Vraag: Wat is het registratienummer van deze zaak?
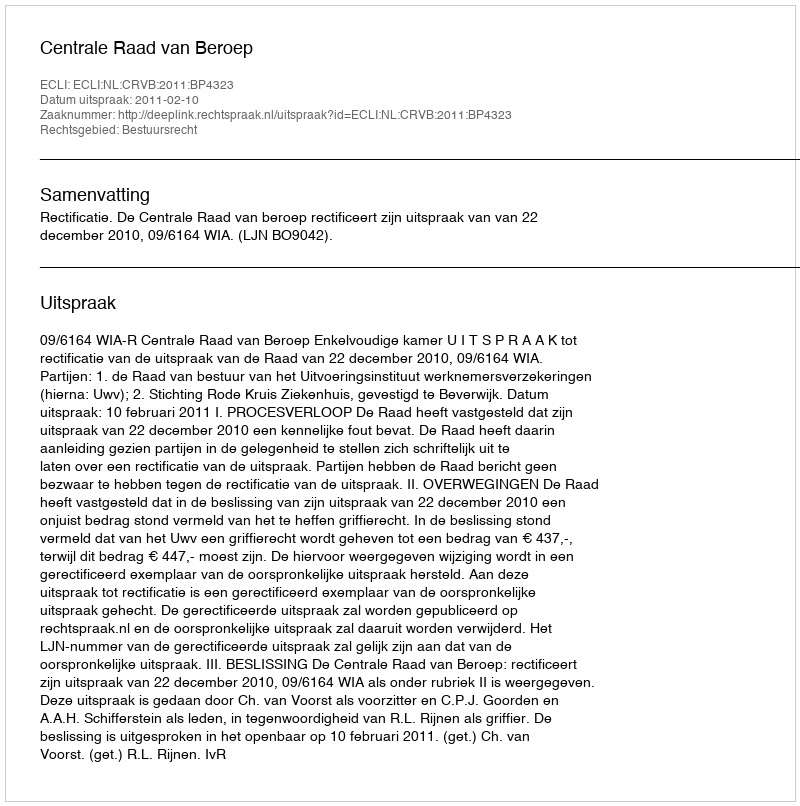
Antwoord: http://deeplink.rechtspraak.nl/uitspraak?id=ECLI:NL:CRVB:2011:BP4323